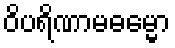
ဝိပရိဏာမဓမ္မော